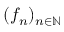
( f _ { n } ) _ { n \in \mathbb { N } }